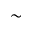
\sim